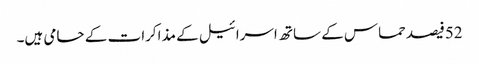
52فیصدحماس کے ساتھ اسرائیل کے مذاکرات کے حامی ہیں۔